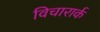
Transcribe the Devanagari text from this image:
विचारार्क